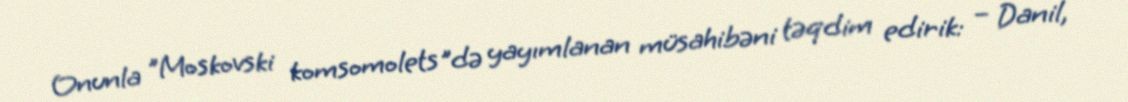
Onunla "Moskovski komsomolets"də yayımlanan müsahibəni təqdim edirik: – Danil,